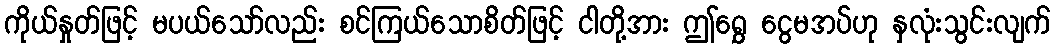
ကိုယ်နှုတ်ဖြင့် မပယ်သော်လည်း စင်ကြယ်သောစိတ်ဖြင့် ငါတို့အား ဤရွှေ ငွေမအပ်ဟု နှလုံးသွင်းလျက်